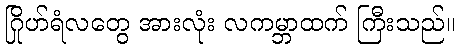
ဂြိုဟ်ရံလတွေ အားလုံး လကမ္ဘာထက် ကြီးသည်။